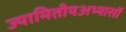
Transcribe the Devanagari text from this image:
ज्यामितीयअभ्यासों